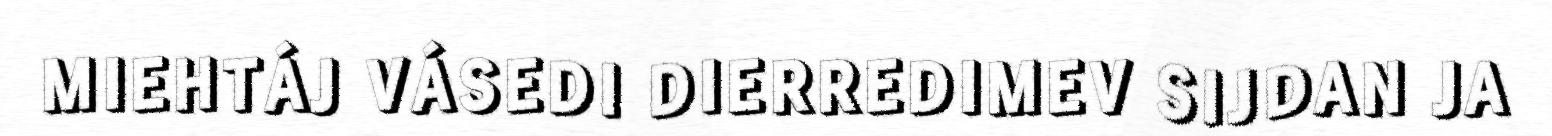
MIEHTÁJ VÁSEDI DIERREDIMEV SIJDAN JA